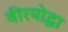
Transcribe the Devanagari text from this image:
वीरयोद्धा